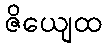
ဇိယျေထ